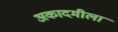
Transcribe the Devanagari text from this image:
अकादमीला